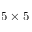
5 \times 5